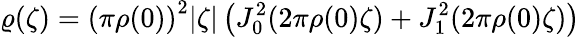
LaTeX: \varrho(\zeta)=\left(\pi\rho(0)\right)^{2}|\zeta|\left(J_{0}^{2}(2\pi\rho(0)\zeta)+J_{1}^{2}(2\pi\rho(0)\zeta)\right)